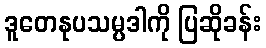
ဒူတေနုပသမ္ပဒါကို ပြဆိုခန်း